system: You are a helpful assistant.
user:
Analyze the provided spectrum to determine if it is a **Carbon Star (C-type)**.

- **Key Visual Indicators of Carbon Star:**
    - **(Primary):** Strong molecular absorption from **C₂ (diatomic carbon) "Swan Bands."** This is the **defining feature** of a carbon star.
        - **(Key Bandheads):** Sharp absorption edges are visible at approximately $5635$ Å, $5165$ Å (the strongest band), and $4737$ Å.
        - **(Line Profile):** Creates a distinct **"saw-tooth"** pattern. The key morphology is a sharp, steep bandhead on the **red (long-wavelength) side**, which then gradually tapers off (i.e., flux recovers) towards the **blue (short-wavelength) side**. *(This is the direct opposite of the TiO bands seen in M-type stars)*.

    - **(Secondary):** Intense **CN (cyanogen)** molecular absorption bands.
        - **(Key Bandheads):** Located in the blue and violet regions of the spectrum (e.g., near $4215$ Å and $3883$ Å).
        - **(Morphology):** These bands are extremely broad and act as a "blanket," absorbing the vast majority of blue and violet light. This creates a characteristic **"cliff"** or **"steep drop-off"** in the spectrum's flux at short wavelengths.

    - **(Key Confirmation):** Strong **CH absorption band (G-band)**.
        - **(Key Bandhead):** Located around $4300$ Å. The contribution from CH molecules to this band is exceptionally strong.

    - **(Overall Spectrum):**
        - The continuum is severely "chopped up" by these deep molecular bands, especially C₂, rather than appearing as a smooth curve.
        - Due to the heavy CN and C₂ absorption in the blue-green, the vast majority of the star's flux is concentrated in the red part of the spectrum, giving the star its characteristic deep red color.

Think first, call **spectral_visualization_tool** if needed to examine features in detail, then provide your final answer. Your response must adhere to the following strict rules:
1.  **Overall Structure:** Your response must follow the format `<think>...</think> <tool_call>...</tool_call> (if a tool is used) <answer>...</answer>`.
2.  **Tool Usage Constraint:** You may only make **one** tool call per turn.
3.  **Final Answer Format:** In the `<answer>` tag, your conclusion must be inside a `\boxed{}` command (e.g., `\boxed{YES}`), followed by your justification.

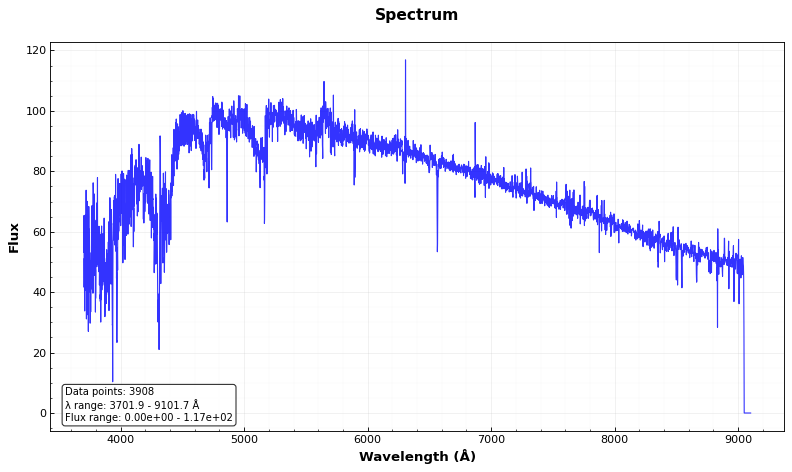
Answer: YES